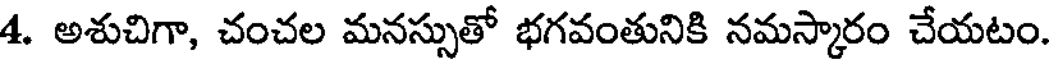
4. అశుచిగా, చంచల మనస్సుతో భగవంతునికి నమస్కారం చేయటం.